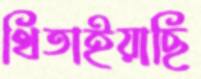
থিতাইয়াছি